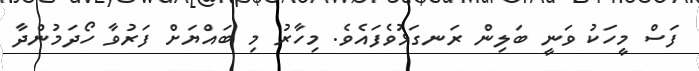
ފަސް މީހަކު ވަނީ ބަލިން ރަނގަޅުވެފައެވެ. މިހާރު މި ބައްޔަށް ފަރުވާ ހޯދަމުންދާ